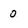
Character: 0